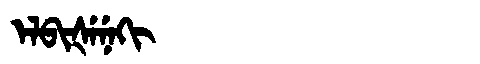
Manchu: ᡝᠯᠪᡳᡧᡝᠨᡝᡴᡳ
Romanization: ELBIŠENEKI